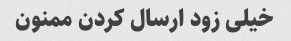
خیلی زود ارسال کردن ممنون